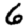
Digit: 6